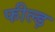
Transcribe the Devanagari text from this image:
फील्ड़